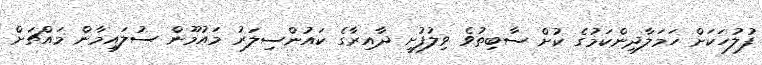
ފުލުހަކަށް ހަމަލާދިންކަމުގެ ކުށް ސާބިތުވެ ވިލުފުށީ ދާއިރާގެ ކައުންސިލަރު މައުމޫން ސުލައިމާން މައްޗަށް